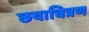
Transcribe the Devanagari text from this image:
छयाचित्रण